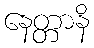
နေတ္တာနိ